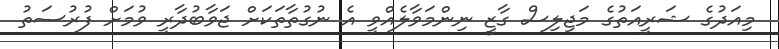
މިއަދުގެ ޝަރީއަތުގެ މަޖިލިސް ގާޒީ ނިންމަވާލެއްވީ އެ ނުގުތާތަކަށް ޖަވާބުދާރީ ވުމަށް ފުރުސަތު